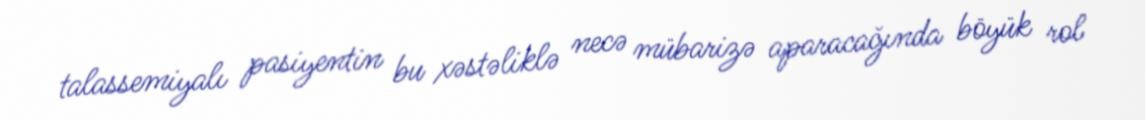
talassemiyalı pasiyentin bu xəstəliklə necə mübarizə aparacağında böyük rol